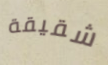
شقيقة